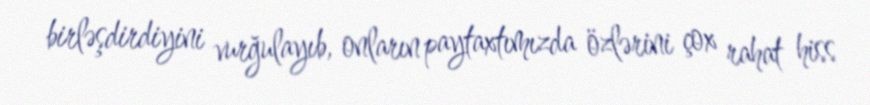
birləşdirdiyini vurğulayıb, onların paytaxtımızda özlərini çox rahat hiss